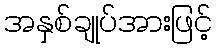
အနှစ်ချုပ်အားဖြင့်